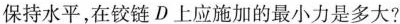
保持水平，在铰链D上应施加的最小力是多大?